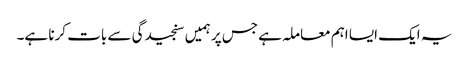
یہ ایک ایسا اہم معاملہ ہے جس پر ہمیں سنجیدگی سے بات کرنا ہے۔